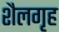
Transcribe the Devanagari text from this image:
शैलगृह